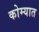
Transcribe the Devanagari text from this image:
कोम्यात